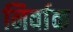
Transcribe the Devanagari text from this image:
निर्वाक